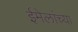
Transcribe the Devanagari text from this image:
ईमेलांच्या